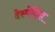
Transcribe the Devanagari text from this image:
देस्पेदिदा